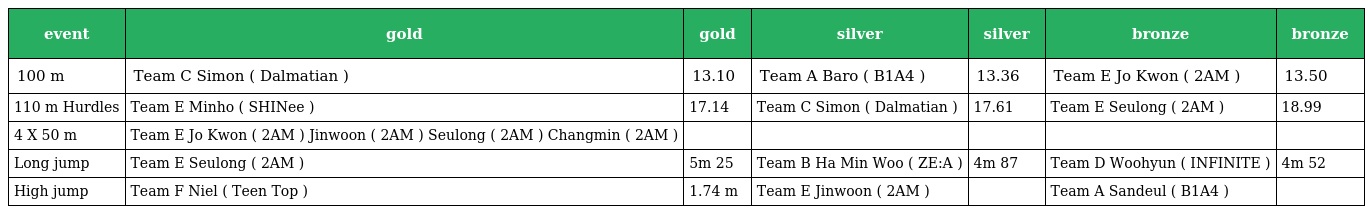
| event | gold | gold | silver | silver | bronze | bronze |
 | --- | --- | --- | --- | --- | --- | --- |
 | 100 m | Team C Simon ( Dalmatian ) | 13.10 | Team A Baro ( B1A4 ) | 13.36 | Team E Jo Kwon ( 2AM ) | 13.50 |
 | 110 m Hurdles | Team E Minho ( SHINee ) | 17.14 | Team C Simon ( Dalmatian ) | 17.61 | Team E Seulong ( 2AM ) | 18.99 |
 | 4 X 50 m | Team E Jo Kwon ( 2AM ) Jinwoon ( 2AM ) Seulong ( 2AM ) Changmin ( 2AM ) |  |  |  |  |  |
 | Long jump | Team E Seulong ( 2AM ) | 5m 25 | Team B Ha Min Woo ( ZE:A ) | 4m 87 | Team D Woohyun ( INFINITE ) | 4m 52 |
 | High jump | Team F Niel ( Teen Top ) | 1.74 m | Team E Jinwoon ( 2AM ) |  | Team A Sandeul ( B1A4 ) |  |